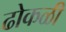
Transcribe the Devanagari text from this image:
ढोकळी